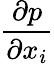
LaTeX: \frac{{\partial}{p}}{\partial{{x}_{i}}}